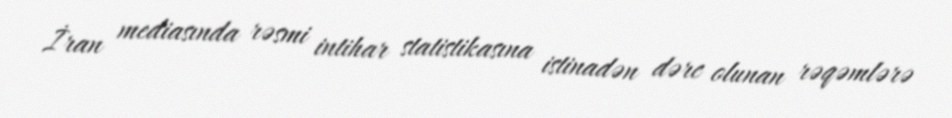
İran mediasında rəsmi intihar statistikasına istinadən dərc olunan rəqəmlərə